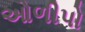
ઓળીપો